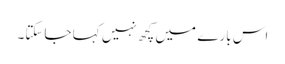
اس بارے میں کچھ نہیں کہا جاسکتا۔